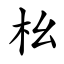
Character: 㭃